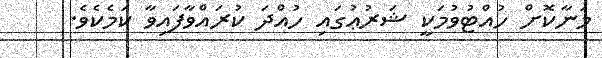
މަނާކޮށް ހުއްޓުވުމަކީ ޝަރުޢުގައި ހުއްދަ ކުރައްވާފައިވާ ކަމެކެވެ.